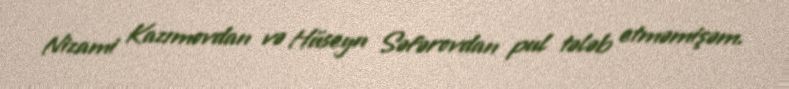
Nizami Kazımovdan və Hüseyn Səfərovdan pul tələb etməmişəm.